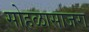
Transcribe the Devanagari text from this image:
सोहळासाजरा